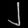
Digit: ၂